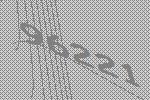
96221